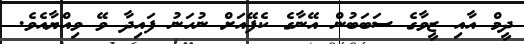
ދީމް އާއި ޒީވާގެ ސަބަބުން އޭނާގެ ކެފޭއަށް ނުހަނު ފައިދާ ވޭ ވިއްޔާއެވެ.